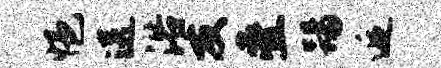
悒送浴友叠踢逅